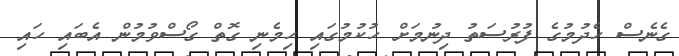
ގެނެސް ހެދުމުގެ ފުރުސަތު ދިނުމަށް ހުކުމުގައި ހިމެނި ގޮތް ގޯސްވުމުން އެބައި ހައި